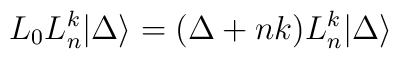
L_{0}L_{n}^{k}|\Delta \rangle =(\Delta +nk)L_{n}^{k}|\Delta \rangle